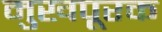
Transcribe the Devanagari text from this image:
मुखपूरक